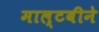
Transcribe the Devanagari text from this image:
माल्टबीने